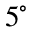
5 ^ { \circ }